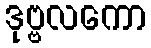
ဒုဗ္ဗလကော